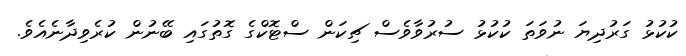
ކުކުޅު ގަރުދިޔަ ނުވަތަ ކުކުޅު ސުރުވާވެސް ޗިކަން ސްޓޮކްގެ ގޮތުގައި ބޭނުން ކުރެވިދާނެއެވެ.